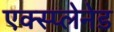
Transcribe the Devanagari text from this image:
एक्स्प्लेनेड